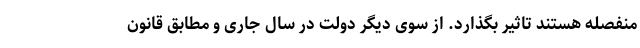
منفصله هستند تاثیر بگذارد. از سوی دیگر دولت در سال جاری و مطابق قانون